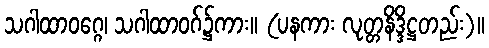
သဂါထာဝဂ္ဂေ၊ သဂါထာဝဂ်၌ကား။ (ပနကား လုတ္တနိဒ္ဒိဋ္ဌတည်း)။